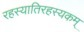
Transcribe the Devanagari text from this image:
रहस्यातिरहस्यकम्